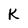
Character: K